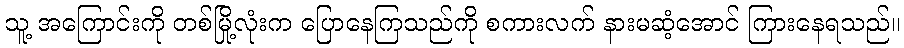
သူ့ အကြောင်းကို တစ်မြို့လုံးက ပြောနေကြသည်ကို စကားလက် နားမဆံ့အောင် ကြားနေရသည်။